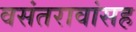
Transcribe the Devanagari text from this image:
वसंतरावांसह